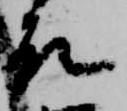
殿